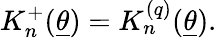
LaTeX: K_{n}^{+}(\underline{{{\theta}}})=K_{n}^{(q)}(\underline{{{\theta}}}).